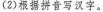
(2)根据拼音写汉字。